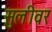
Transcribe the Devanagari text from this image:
सुलीवर